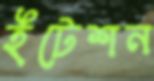
ইটেশন